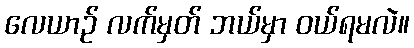
လေယာဉ် လက်မှတ် ဘယ်မှာ ဝယ်ရမလဲ။